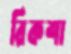
রিকশা